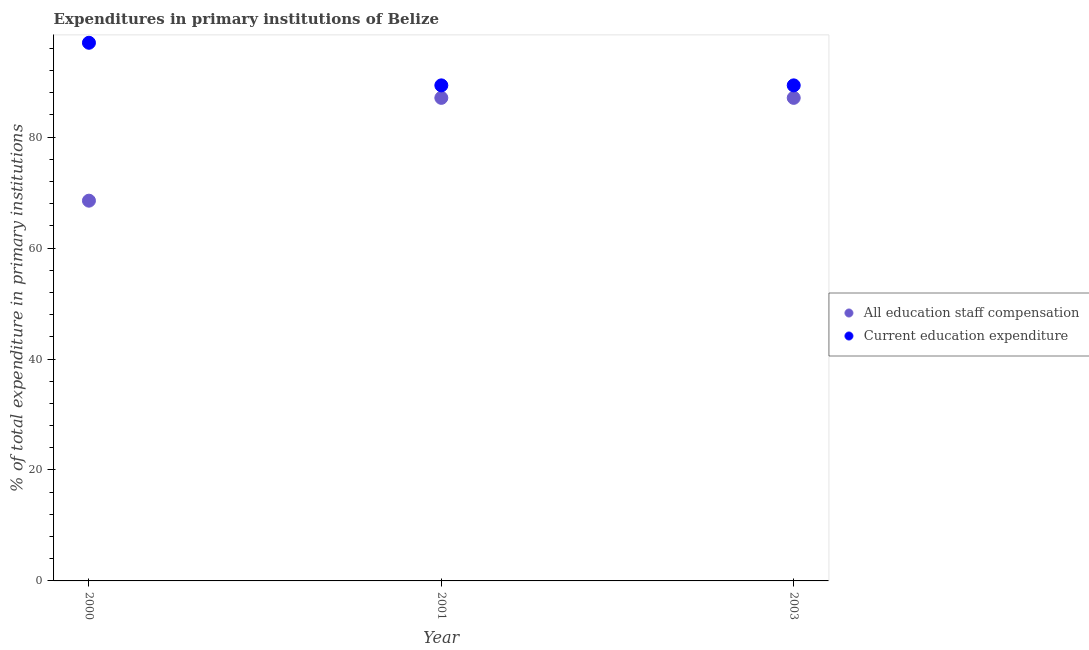
| Year | All education staff compensation | Current education expenditure |
 | --- | --- | --- |
 | 2000 | 68.5 | 97 |
 | 2001 | 87.1 | 89.3 |
 | 2003 | 87.1 | 89.3 |